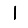
Digit: 1